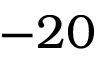
- 2 0